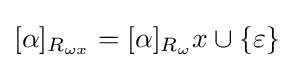
[\alpha ]_{R_{\omega x}}=[\alpha ]_{R_{\omega }}x\cup \{\varepsilon \}